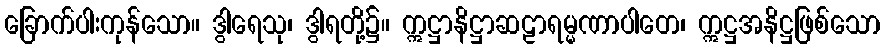
ခြောက်ပါးကုန်သော။ ဒွါရေသု၊ ဒွါရတို့၌။ ဣဋ္ဌာနိဋ္ဌာဆဠာရမ္မဏာပါတေ၊ ဣဋ္ဌအနိဋ္ဌဖြစ်သော